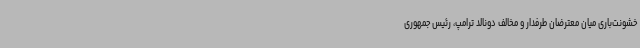
خشونت‌باری میان معترضان طرفدار و مخالف دونالد ترامپ، رئیس جمهوری